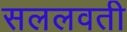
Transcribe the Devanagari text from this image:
सललवती